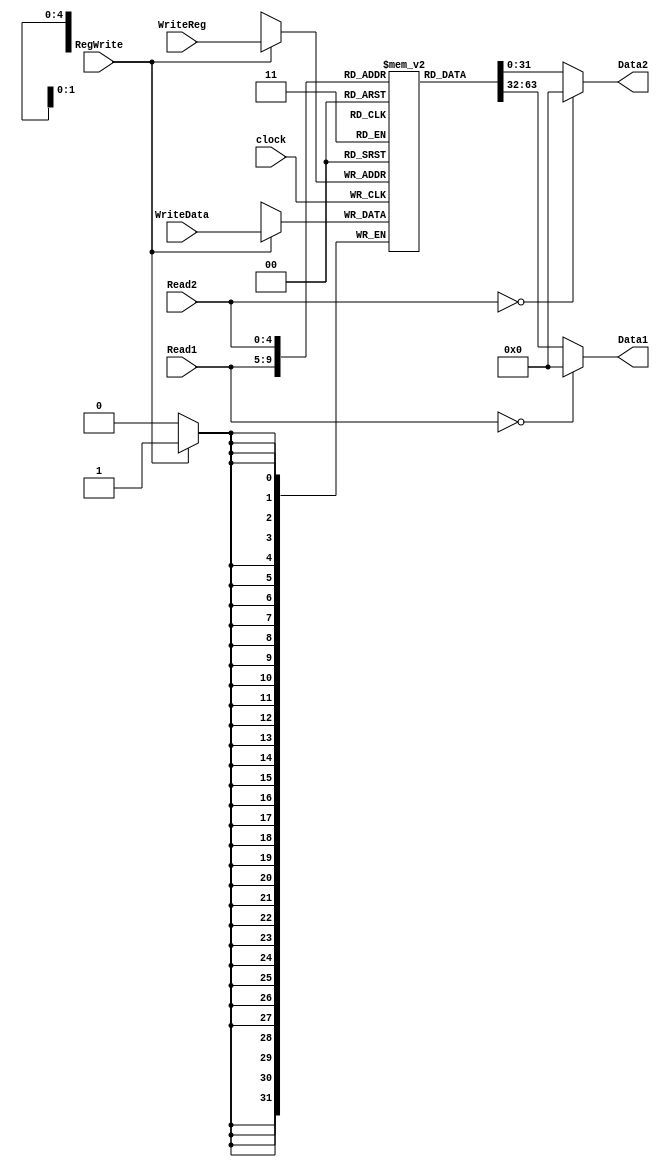
module registerfile(
    input [4:0] Read1, Read2, WriteReg,
    input [31:0] WriteData,
    input RegWrite,
    input clock,
    output reg [31:0] Data1, Data2
    );
   
   reg [31:0] RF [31:1];
	
	always @(Read1, RF) begin
      if (Read1==0)
			Data1 = 32'h0000;
		else
			Data1 = RF[Read1];
   end
	
	always @(Read2, RF) begin
      if (Read2==0)
			Data2 = 32'h0000;
		else
			Data2 = RF[Read2];
   end
	
	
   always @(posedge clock) begin
      if (RegWrite)
			RF[WriteReg] = WriteData;
   end
endmodule